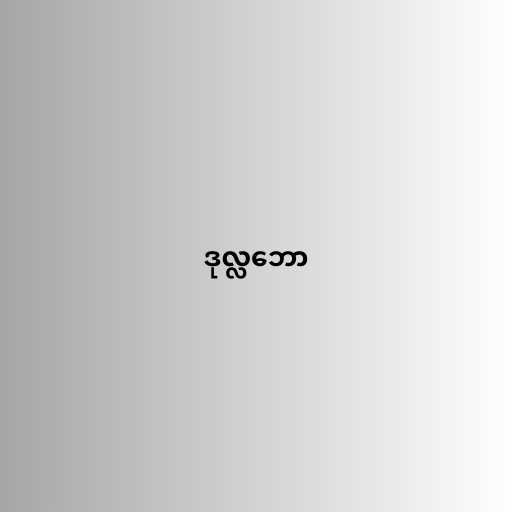
ဒုလ္လဘော